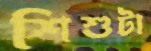
শিশুটা